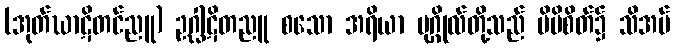
(အုတ်ဃာဋိတင်ညူ) ဥဂ္ဃါဋိတညူ စသော အရိယာ ပုဂ္ဂိုလ်တို့သည် မိမိစိတ်၌ သိအပ်